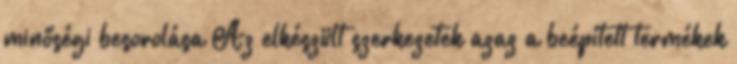
minőségi besorolása Az elkészült szerkezetek azaz a beépített termékek